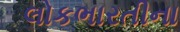
લોકભારતીના